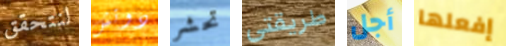
لنتحقق دوتش تحشر طريقتى أجل إفعلها